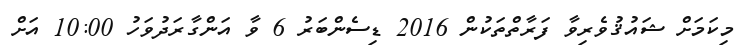
މިކަމަށް ޝައުޤުވެރިވާ ފަރާތްތަކުން 2016 ޑިސެންބަރު 6 ވާ އަންގާރަދުވަހު 10:00 އަށް